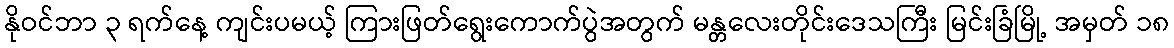
နိုဝင်ဘာ ၃ ရက်နေ့ ကျင်းပမယ့် ကြားဖြတ်ရွေးကောက်ပွဲအတွက် မန္တလေးတိုင်းဒေသကြီး မြင်းခြံမြို့ အမှတ် ၁၈